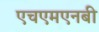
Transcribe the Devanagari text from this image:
एचएमएनबी